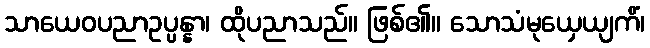
သာယေဝပညာဥပ္ပန္နာ၊ ထိုပညာသည်။ ဖြစ်၏။ သောသံမုယှေယျကိံ၊